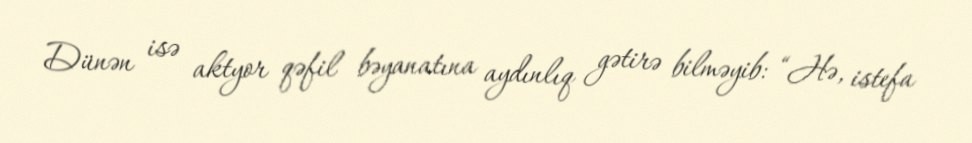
Dünən isə aktyor qəfil bəyanatına aydınlıq gətirə bilməyib: “Hə, istefa